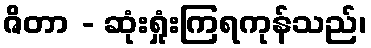
ဇိတာ - ဆုံးရှုံးကြရကုန်သည်၊